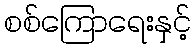
စစ်ကြောရေးနှင့်